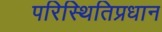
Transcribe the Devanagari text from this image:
परिस्थितिप्रधान